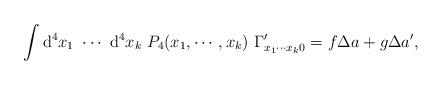
LaTeX: \begin{align*}\int {\rm d}^{4}x_{1}~\cdots ~{\rm d}^{4}x_{k}~P_{4}(x_{1},\cdots,x_{k})~\Gamma _{x_{1}\cdots x_{k}0}^{\prime}=f\Delta a+g\Delta a^{\prime },\end{align*}